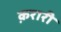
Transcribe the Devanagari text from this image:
क़रारी